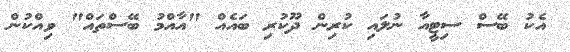
އެކު ބޭސް ސިޓީއާ ނުލައި ކުރިން ދޫކުރި ބައެއް "އާއްމު ބޭސްތައް" ވިއްކުން